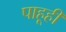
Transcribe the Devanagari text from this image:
पाहूही